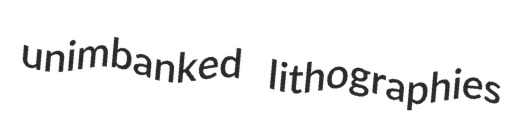
unimbanked lithographies